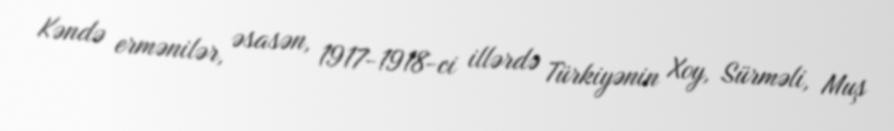
Kəndə ermənilər, əsasən, 1917-1918-ci illərdə Türkiyənin Xoy, Sürməli, Muş